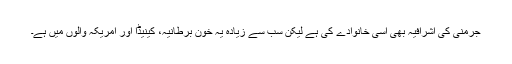
جرمنی کی اشرافیہ بھی اسی خانوادے کی ہے لیکن سب سے زیادہ یہ خون برطانیہ، کینیڈا اور امریکہ والوں میں ہے۔